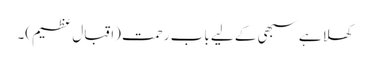
کھلا ہے سبھی کے لیے بابِ رحمت (اقبال عظیم)۔